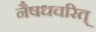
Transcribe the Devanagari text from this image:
नैषधचरित्‌